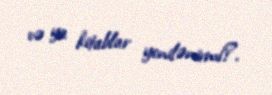
və ya kitablar yenilənirmi?.